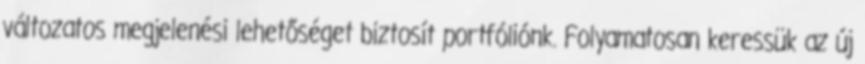
változatos megjelenési lehetőséget biztosít portfóliónk. Folyamatosan keressük az új